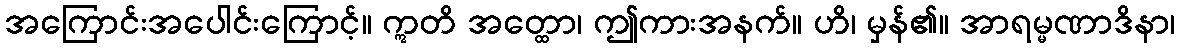
အကြောင်းအပေါင်းကြောင့်။ ဣတိ အတ္ထော၊ ဤကားအနက်။ ဟိ၊ မှန်၏။ အာရမ္မဏာဒိနာ၊